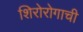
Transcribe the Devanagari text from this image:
शिरोरोगाची